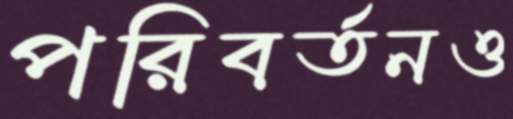
পরিবর্তনও